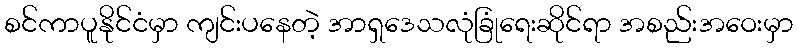
စင်ကာပူနိုင်ငံမှာ ကျင်းပနေတဲ့ အာရှဒေသလုံခြုံရေးဆိုင်ရာ အစည်းအဝေးမှာ